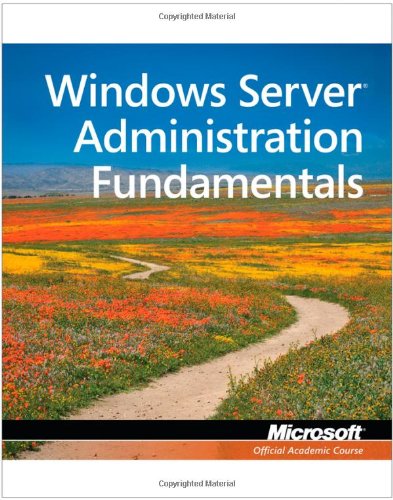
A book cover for Exam 98-365 MTA Windows Server Administration Fundamentals; Microsoft Official Academic Course; Computers & Technology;